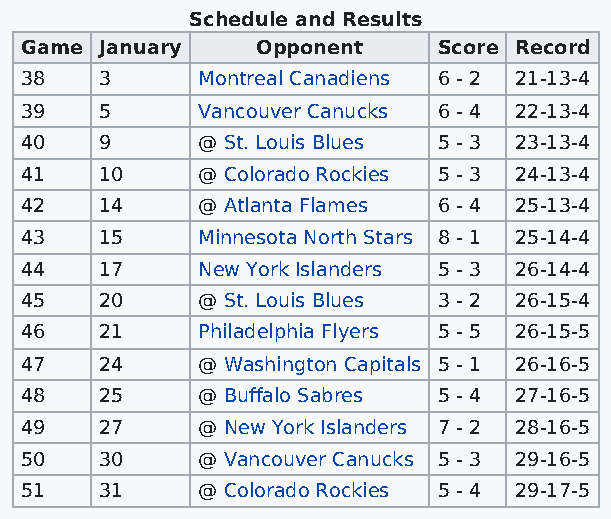
Schedule and Results
 Game  January   Opponent    Score Record
 38    3     Montreal Canadiens 6 - 2 21-13-4
 39    5     Vancouver Canucks 6 - 4 22-13-4
 40    9     @ St. Louis Blues 5 - 3 23-13-4
 41    10    @ Colorado Rockies 5 - 3 24-13-4
 42    14    @ Atlanta Flames 6 - 4 25-13-4
 43    15    Minnesota North Stars 8 - 1 25-14-4
 44    17    New York Islanders 5 - 3 26-14-4
 45    20    @ St. Louis Blues 3 - 2 26-15-4
 46    21    Philadelphia Flyers 5 - 5 26-15-5
 47    24    @ Washington Capitals 5 - 1 26-16-5
 48    25    @ Buffalo Sabres 5 - 4 27-16-5
 49    27    @ New York Islanders 7 - 2 28-16-5
 50    30    @ Vancouver Canucks 5 - 3 29-16-5
 51    31    @ Colorado Rockies 5 - 4 29-17-5